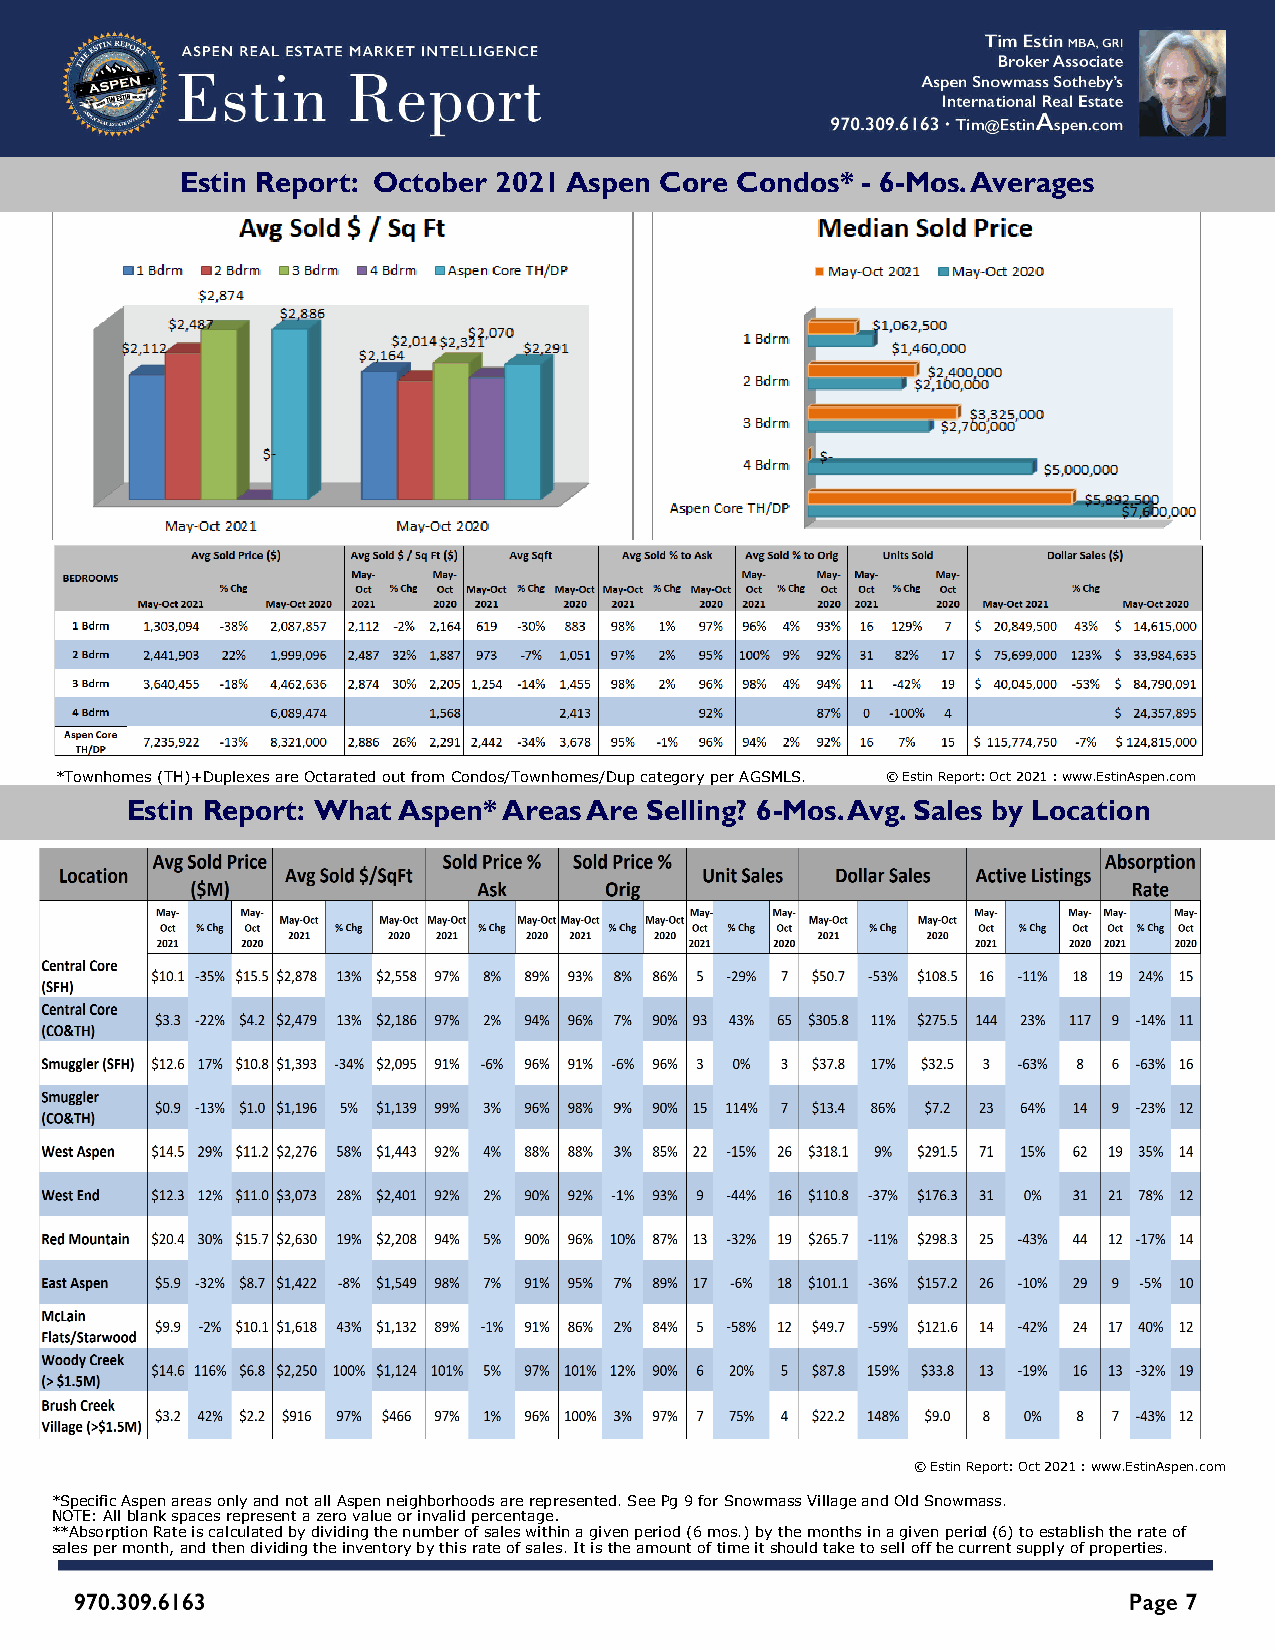
Estin Report: October 2021 Aspen Core Condos* - 6-Mos. Averages
 *Townhomes (TH)+Duplexes are Octarated out from Condos/Townhomes/Dup category per AGSMLS. © Estin Report: Oct 2021 : www.EstinAspen.com
 Estin Report: What Aspen* Areas Are Selling? 6-Mos. Avg. Sales by Location
 © Estin Report: Oct 2021 : www.EstinAspen.com
 *Specific Aspen areas only and not all Aspen neighborhoods are represented. See Pg 9 for Snowmass Village and Old Snowmass.
 NOTE: All blank spaces represent a zero value or invalid percentage.
 **Absorption Rate is calculated by dividing the number of sales within a given period (6 mos.) by the months in a given period (6) to establish the rate of
 sales per month, and then dividing the inventory by this rate of sales. It is the amount of time it should take to sell off the current supply of properties.